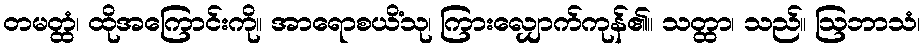
တမတ္ထံ၊ ထိုအကြောင်းကို။ အာရောစယိံသု၊ ကြားလျှောက်ကုန်၏။ သတ္ထာ၊ သည်။ ဩဘာသံ၊